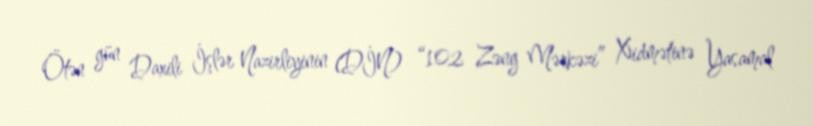
Ötən gün Daxili İşlər Nazirliyinin (DİN) “102 Zəng Mərkəzi” Xidmətinə Yasamal